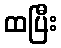
ထပြီး